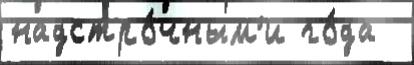
надстро́чным'и го́да